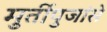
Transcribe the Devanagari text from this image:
मुर्तीपुजांसे